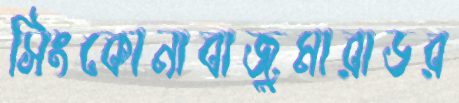
সিংকোনাবাজুমারাডর